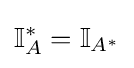
\mathbb {I} _{A}^{*}=\mathbb {I} _{A^{*}}